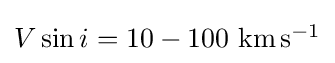
{\textstyle V\sin i=10-100~{\mbox{km}}\,{\mbox{s}}^{-1}}